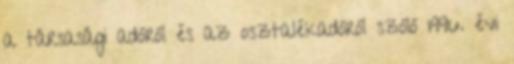
a társasági adóról és az osztalékadóról szóló 1996. évi